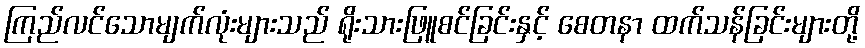
ကြည်လင်သောမျက်လုံးများသည် ရိုးသားဖြူစင်ခြင်းနှင့် စေတနာ ထက်သန်ခြင်းများတို့